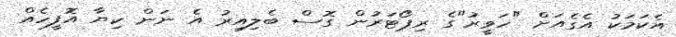
އެކަމަކު އެގެއަށް "ހަވީރު"ގެ ރިޕޯޓަރުން ގޮސް ބެލިއިރު އެ ނަން ކިޔާ އޮފީހެއް